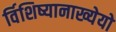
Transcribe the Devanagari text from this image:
र्विशिष्यानाख्येयो